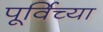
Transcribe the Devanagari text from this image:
पूर्विच्या